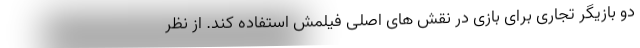
دو بازیگر تجاری برای بازی در نقش‌ های اصلی فیلمش استفاده کند. از نظر